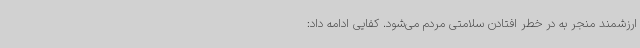
ارزشمند منجر به در خطر افتادن سلامتی مردم می‌شود. کفایی ادامه داد: